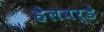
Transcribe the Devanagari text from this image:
हैलवर्डे